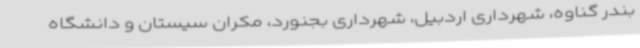
بندر گناوه، شهرداری اردبیل، شهرداری بجنورد، مکران سیستان و دانشگاه